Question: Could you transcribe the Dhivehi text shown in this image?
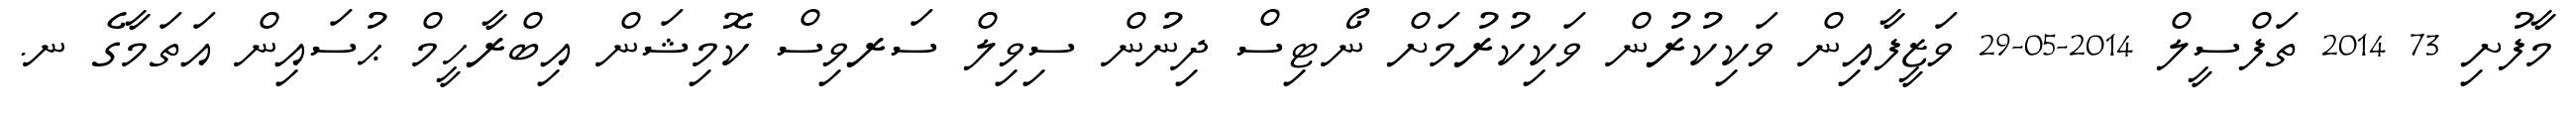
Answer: މާފުށި 73 2014 ތަފްސީލް 2014-05-29 ވަޒީފާއިން ވަކިކުރުން ވަކިކުރުމަށް ނޯޓިސް ދިނުން ސިވިލް ސަރވިސް ކޮމިޝަން އިބްރާހީމް ޙުސައިން އަތަމާގެ ނ.